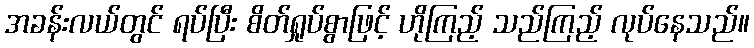
အခန်းလယ်တွင် ရပ်ပြီး စိတ်ရှုပ်စွာဖြင့် ဟိုကြည့် သည်ကြည့် လုပ်နေသည်။